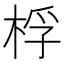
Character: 桴